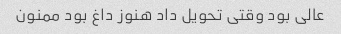
عالی بود وقتی تحویل داد هنوز داغ بود ممنون